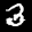
Label: 3